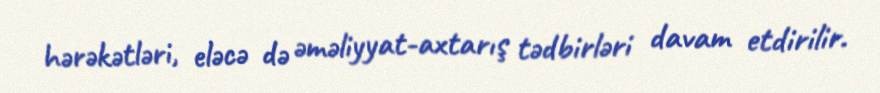
hərəkətləri, eləcə də əməliyyat-axtarış tədbirləri davam etdirilir.